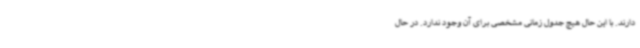
دارند. با این حال هیچ جدول زمانی مشخصی برای آن وجود ندارد. در حال